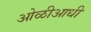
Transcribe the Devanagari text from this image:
ओळीआधी